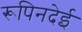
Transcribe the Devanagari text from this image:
रूपिनदेई